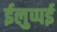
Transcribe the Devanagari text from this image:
ईलुप्पई